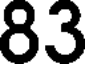
83